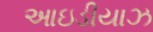
આઇડીયાઝ